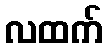
လထက်